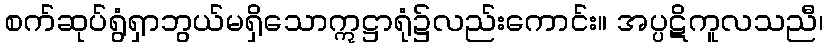
စက်ဆုပ်ရွံရှာဘွယ်မရှိသောဣဋ္ဌာရုံ၌လည်းကောင်း။ အပ္ပဋိကူလသညီ၊